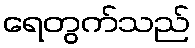
ရေတွက်သည်